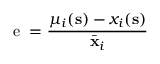
\mathrm { ~ e ~ } = \frac { \mu _ { i } ( \mathbf { s } ) - x _ { i } ( \mathbf { s } ) } { \bar { \mathbf { x } } _ { i } }